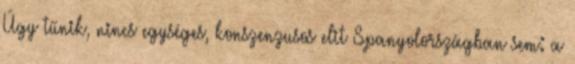
Úgy tűnik, nincs egységes, konszenzusos elit Spanyolországban sem: a